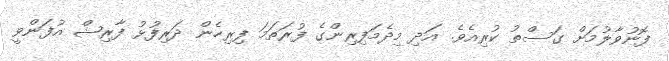
ފޮނުވާލުމަށް ގަސްތު ކުރިއެވެ. އަދި މިދެމަފިރިންގެ ފުރަތަމަ ފިރިހެން ދަރިފުޅު ފާރިޝް އުފަންވީ